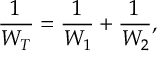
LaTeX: \frac { 1 } { W _ { T } } = \frac { 1 } { W _ { 1 } } + \frac { 1 } { W _ { 2 } } ,